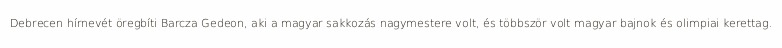
Debrecen hírnevét öregbíti Barcza Gedeon, aki a magyar sakkozás nagymestere volt, és többször volt magyar bajnok és olimpiai kerettag.